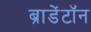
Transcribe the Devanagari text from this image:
ब्राडेंटॉन